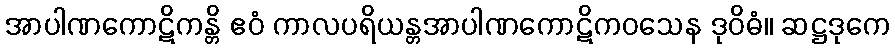
အာပါဏကောဋိကန္တိ ဧဝံ ကာလပရိယန္တအာပါဏကောဋိကဝသေန ဒုဝိဓံ။ ဆဋ္ဌဒုကေ